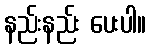
နည်းနည်း ပေးပါ။